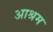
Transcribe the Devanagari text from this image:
अाश्रम